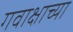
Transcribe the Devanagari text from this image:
गवाक्षाच्या